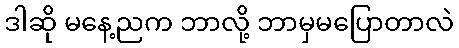
ဒါဆို မနေ့ညက ဘာလို့ ဘာမှမပြောတာလဲ